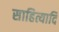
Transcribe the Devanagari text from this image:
साहित्यादि